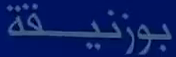
بوزنيقة